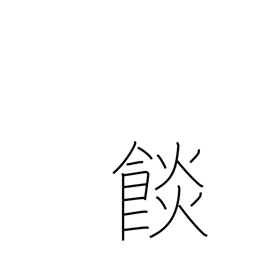
Meaning: food baked in dough